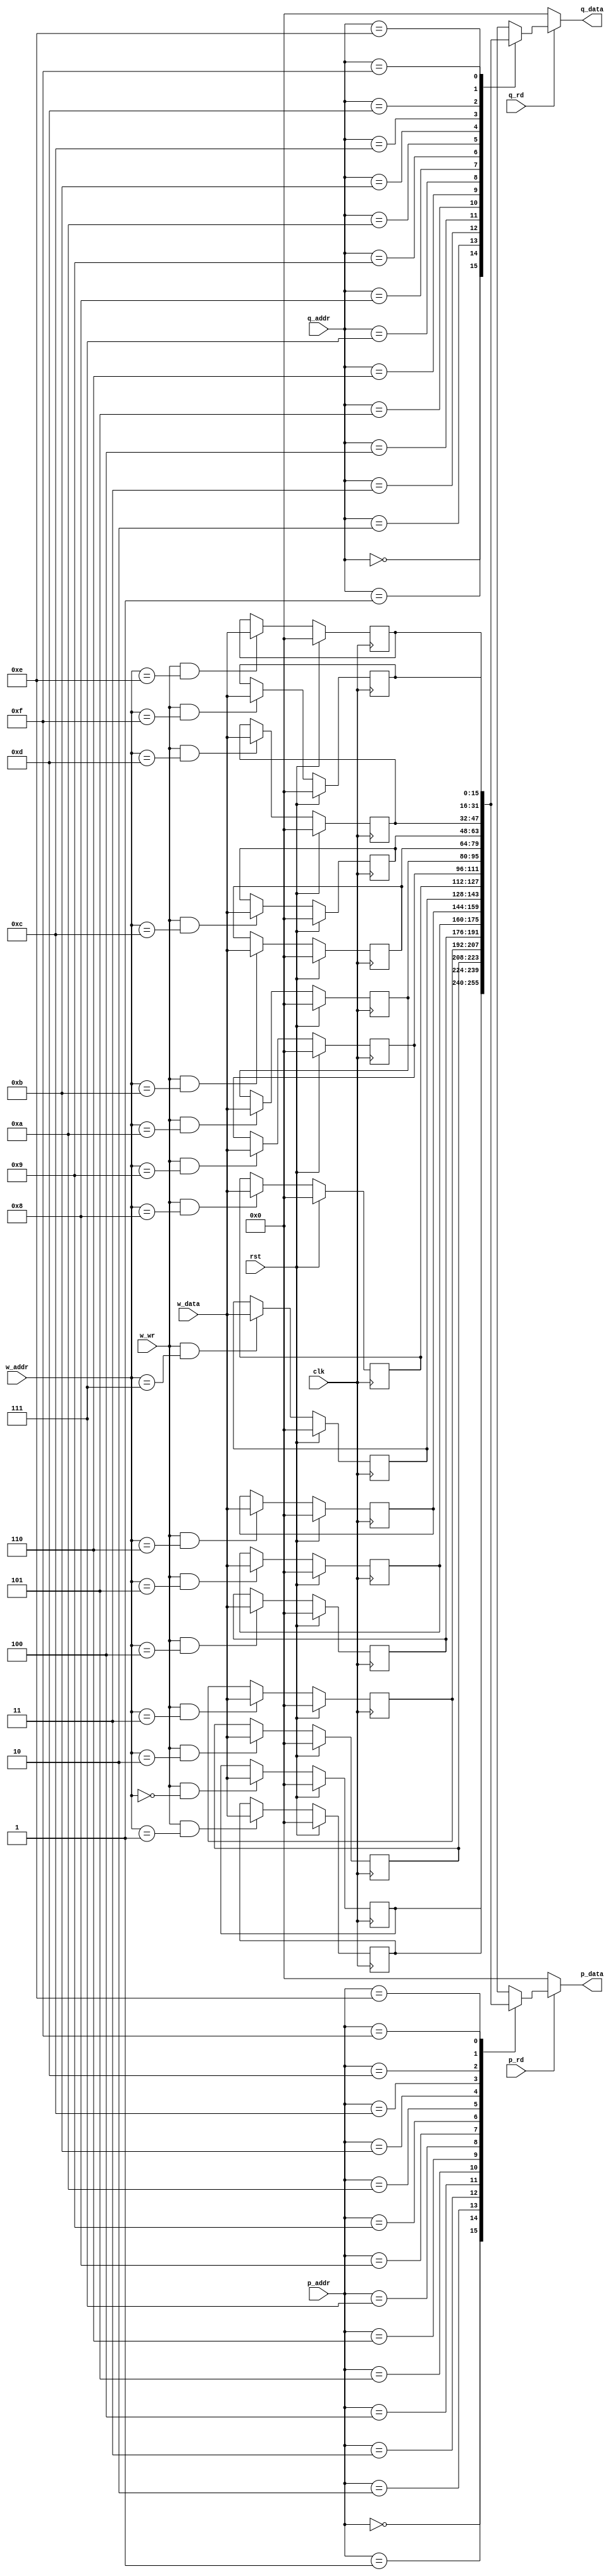
//==============================================================================
// Register File with 2 read ports, 1 write port
//==============================================================================

module SIPPRegisterFile
#(
	parameter N_ELEMENTS = 16,       	// Number of Memory Elements
	parameter ADDR_WIDTH = 4,         	// Address Width (in bits)
	parameter DATA_WIDTH = 16         	// Data Width (in bits)
)(
	// Clock + Reset
	input                   clk,      	// Clock
	input                   rst,      	// Reset (All entries -> 0)

	// Read Address Channel
	input  [ADDR_WIDTH-1:0] p_addr, 	// Read Address p
	input  [ADDR_WIDTH-1:0] q_addr, 	// Read Address q
	input					p_rd,		// Read p Enable
	input					q_rd,		// Read q Enable

	// Write Address, Data Channel
	input  [ADDR_WIDTH-1:0] w_addr,   	// Write Address
	input  [DATA_WIDTH-1:0] w_data,   	// Write Data
	input                   w_wr,     	// Write Enable

	// Read Data Channel
	output [DATA_WIDTH-1:0] p_data, 	// Read Data p
	output [DATA_WIDTH-1:0] q_data 	 	// Read Data q

);

	// Memory Unit
	reg [DATA_WIDTH-1:0] rfile[N_ELEMENTS-1:0];

	// Continuous Read
	assign p_data = (p_rd) ? rfile[p_addr] : {(DATA_WIDTH){1'd0}};
	assign q_data = (q_rd) ? rfile[q_addr] : {(DATA_WIDTH){1'd0}};

	// Synchronous Reset + Write
	genvar i;
	generate
		for (i = 0; i < N_ELEMENTS; i = i + 1) begin : wport
			always @(posedge clk) begin
				if (rst) begin
					rfile[i] <= 0;
				end
				else if (w_wr && w_addr == i) begin
					rfile[i] <= w_data;
				end
			end
		end
	endgenerate

endmodule